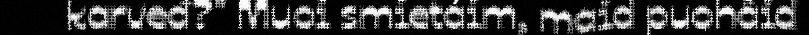
karveđ?" Muoi smietáim, maid puohâid